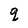
Character: q